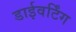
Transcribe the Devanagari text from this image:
डाईवर्टिंग